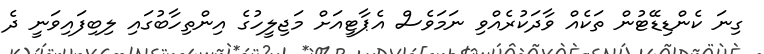
ގިނަ ކެންޑިޑޭޓުން ތަކެއް ވާދަކުރެއްވި ނަމަވެސް އެޕާޓީއަށް މަޖިލީހުގެ އިންތިހާބުގައި ލިބިފައިވަނީ ދެ